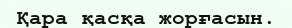
Қара қасқа жорғасын.